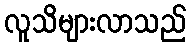
လူသိများလာသည်